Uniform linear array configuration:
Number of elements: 12
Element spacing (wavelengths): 0.75
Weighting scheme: binomial
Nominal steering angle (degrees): -60
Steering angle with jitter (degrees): -59.208
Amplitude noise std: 0.05
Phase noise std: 0.05

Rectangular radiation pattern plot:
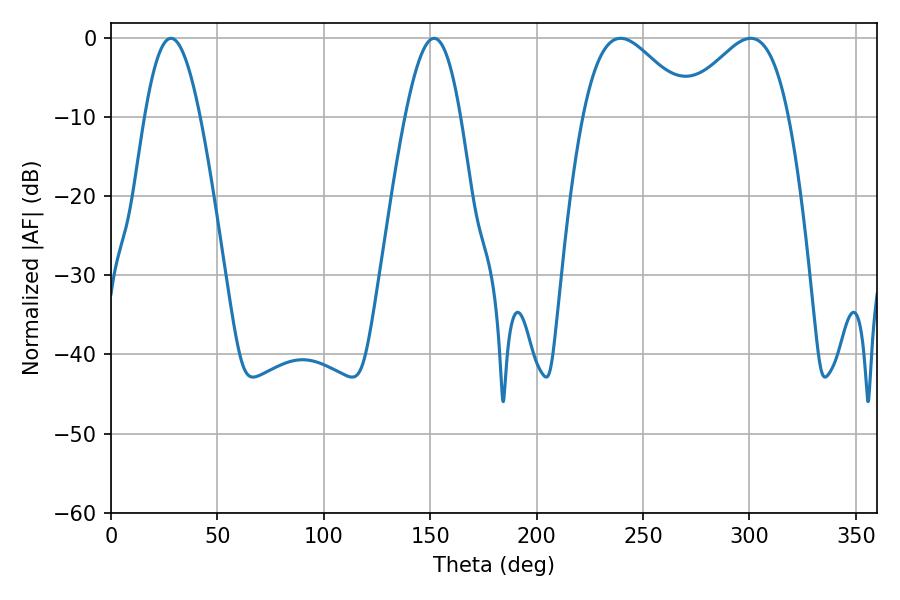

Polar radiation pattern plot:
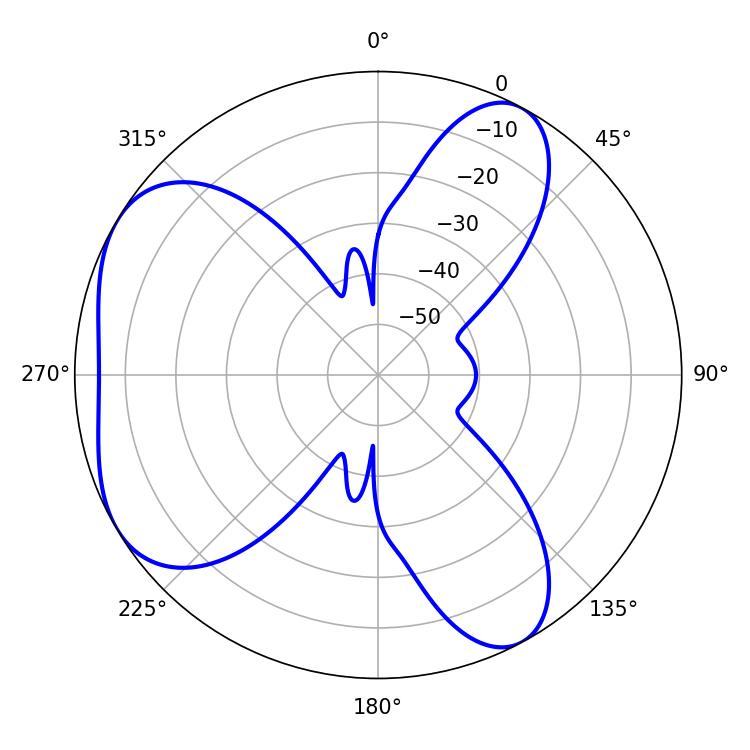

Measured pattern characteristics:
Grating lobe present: TRUE
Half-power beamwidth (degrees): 27.18
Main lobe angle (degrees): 239.4